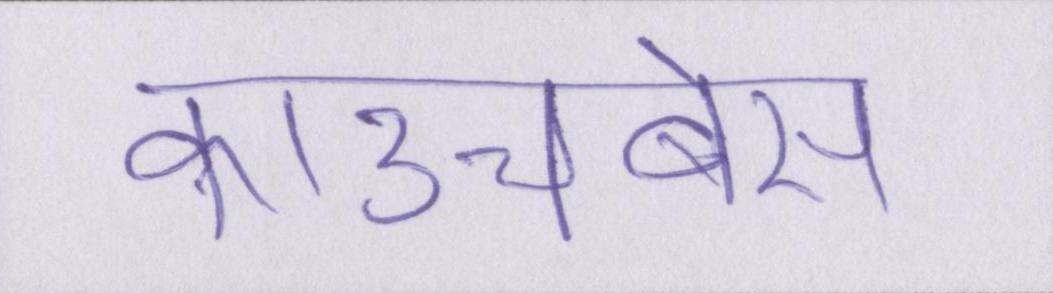
काउचबेस